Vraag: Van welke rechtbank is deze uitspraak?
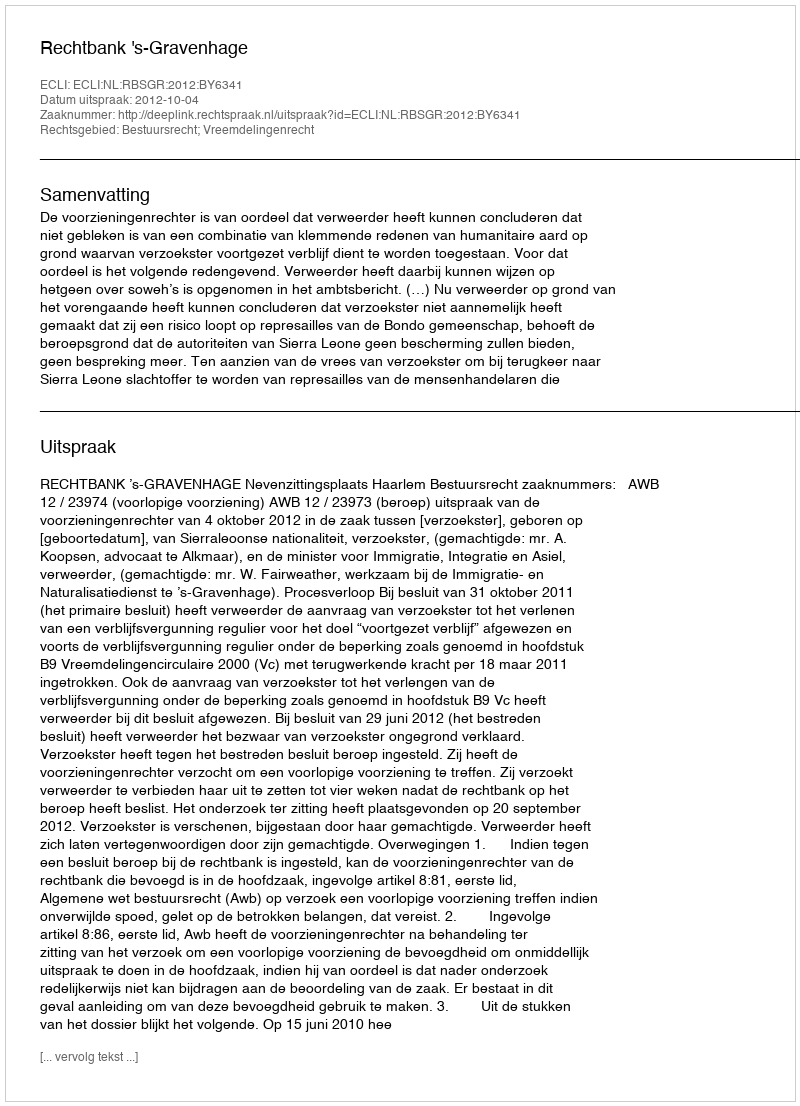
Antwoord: Rechtbank 's-Gravenhage